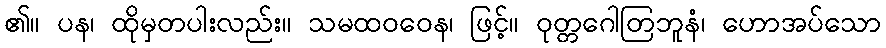
၏။ ပန၊ ထိုမှတပါးလည်း။ သမထဝဝေန၊ ဖြင့်။ ဝုတ္တဂေါတြဘူနံ၊ ဟောအပ်သော